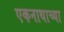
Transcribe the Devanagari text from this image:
एकनाथाच्या